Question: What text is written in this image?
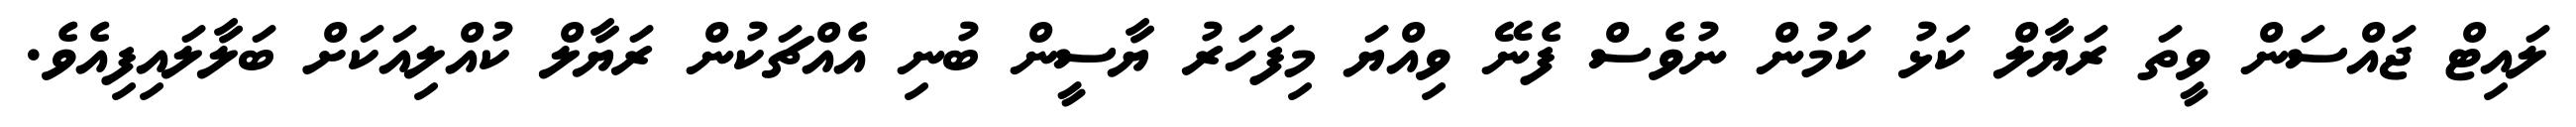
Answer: ލައިޓް ޖައްސަން ވީތަ ރަޔާލް ކަޅު ކަމުން ނުވެސް ފެނޭ ވިއްޔަ މިފަހަރު ޔާސީން ބުނި އެއްޗަކުން ރަޔާލް ކުއްލިއަކަށް ބަލާލައިފިއެވެ.